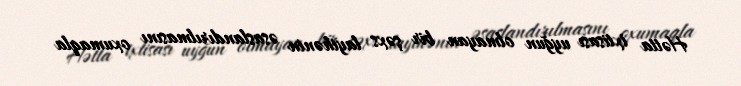
Hətta ixtisası uyğun olmayan bir şəxs layihənin əsaslandırılmasını oxumaqla